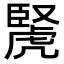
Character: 𧇜